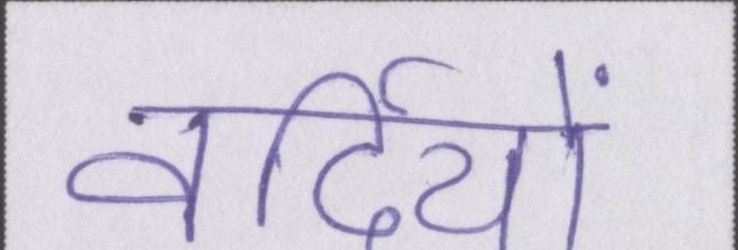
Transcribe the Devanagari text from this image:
वर्दियों